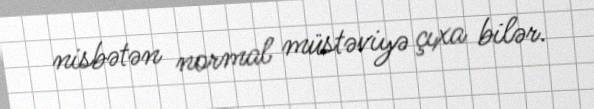
nisbətən normal müstəviyə çıxa bilər.